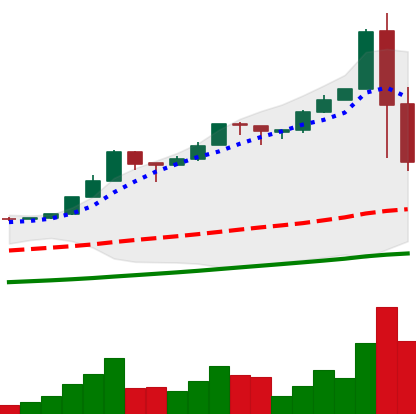
Ticker: BTC-USD
Chart end date: 2017-01-06
Forward return: -13.793%
Label: down_7plus